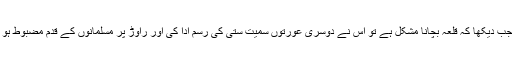
لیکن جب دیکھا کہ قلعہ بچانا مشکل ہے تو اس نے دوسری عورتوں سمیت ستی کی رسم ادا کی اور راوڑ پر مسلمانوں کے قدم مضبوط ہو گئے۔